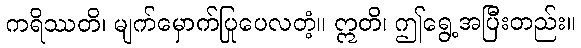
ကရိဿတိ၊ မျက်မှောက်ပြုပေလတံ့။ ဣတိ၊ ဤရွေ့အပြီးတည်း။